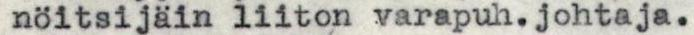
nöitsijäin liiton varapuh.johtaja.